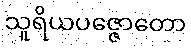
သူရိယပဇ္ဇောတော